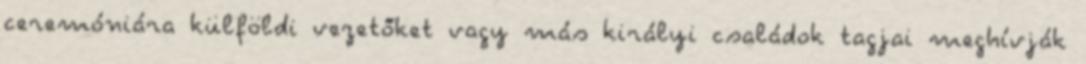
ceremóniára külföldi vezetőket vagy más királyi családok tagjai meghívják